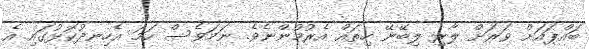
ބައްޕައަށް ވަރަށް ލާރި ލިބޭނޭ ހިތައް އެރުމުންނެވެ. ނަމަވެސް ހަމަ އެހިނދުކޮޅުގައި އެ